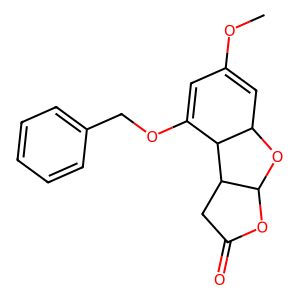
SMILES: COC1=CC2OC3OC(=O)CC3C2C(OCc2ccccc2)=C1
Inhibits HIV replication: No